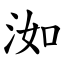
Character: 洳